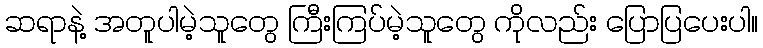
ဆရာနဲ့ အတူပါမဲ့သူတွေ ကြီးကြပ်မဲ့သူတွေ ကိုလည်း ပြောပြပေးပါ။